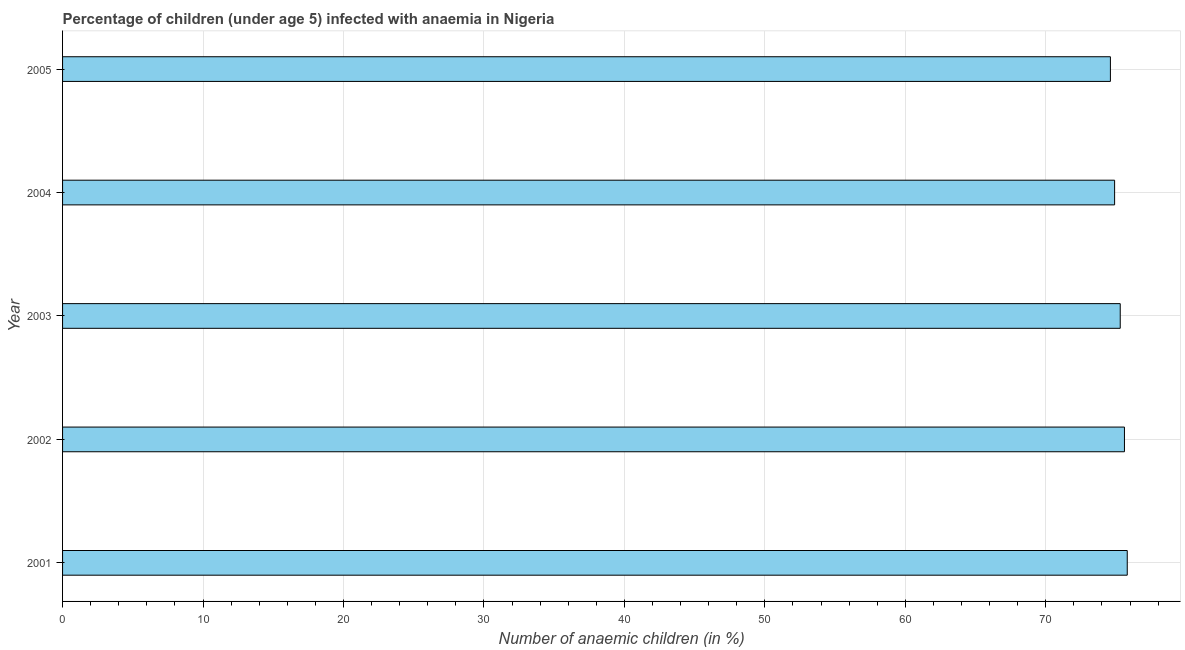
| Year | Prevalence of anemia among children |
 | --- | --- |
 | 2001 | 75.8 |
 | 2002 | 75.6 |
 | 2003 | 75.3 |
 | 2004 | 74.9 |
 | 2005 | 74.6 |